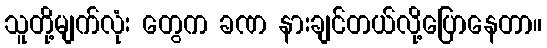
သူတို့မျက်လုံး တွေက ခဏ နားချင်တယ်လို့ပြောနေတာ။